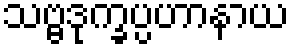
သဗ္ဗဒုက္ခပ္ပဟာနာယ